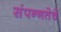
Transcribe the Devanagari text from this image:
संपन्‍नतेचे